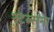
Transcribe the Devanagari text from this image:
स्टब्सना